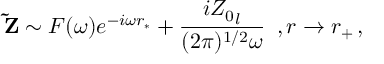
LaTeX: { \bf \tilde { Z } } \sim F ( \omega ) e ^ { - i \omega r _ { * } } + \frac { i { Z _ { 0 } } _ { l } } { ( 2 \pi ) ^ { 1 / 2 } \omega } \, \, \, , r \rightarrow r _ { + } \, ,